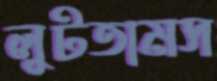
লুটতামস